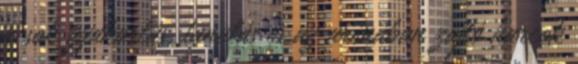
a sok gyakorlás, tanulás és az arénában zajló harcok